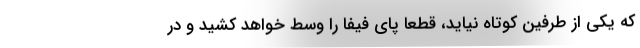
که یکی از طرفین کوتاه نیاید، قطعا پای فیفا را وسط خواهد کشید و در